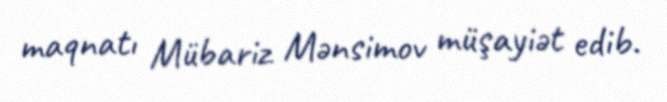
maqnatı Mübariz Mənsimov müşayiət edib.